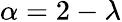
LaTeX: \alpha=2-\lambda